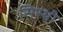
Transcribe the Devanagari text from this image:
सिस्थी